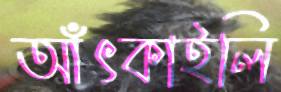
আঁৎকাইলি